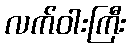
လက်ဝါးကြီး